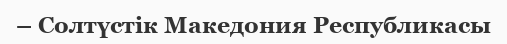
– Солтүстік Македония Республикасы